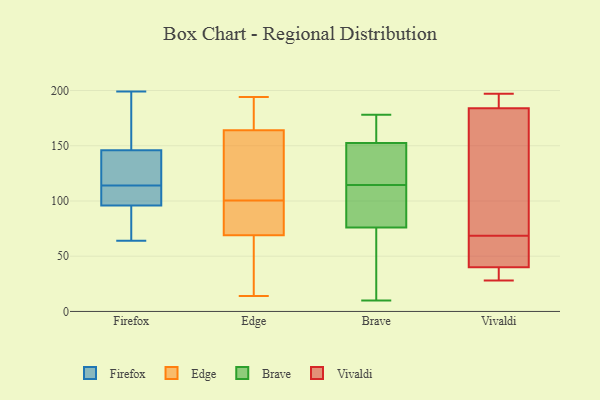
{"axis": {"x": "Population (Million)", "y": "Value"}, "legend": ["Brave", "Edge", "Firefox", "Vivaldi"], "data": [{"x": "", "y": 113, "type": "Firefox"}, {"x": "", "y": 146, "type": "Firefox"}, {"x": "", "y": 196, "type": "Firefox"}, {"x": "", "y": 128, "type": "Firefox"}, {"x": "", "y": 114, "type": "Firefox"}, {"x": "", "y": 131, "type": "Firefox"}, {"x": "", "y": 199, "type": "Firefox"}, {"x": "", "y": 64, "type": "Firefox"}, {"x": "", "y": 96, "type": "Firefox"}, {"x": "", "y": 80, "type": "Firefox"}, {"x": "", "y": 114, "type": "Firefox"}, {"x": "", "y": 111, "type": "Firefox"}, {"x": "", "y": 83, "type": "Firefox"}, {"x": "", "y": 147, "type": "Firefox"}, {"x": "", "y": 76, "type": "Firefox"}, {"x": "", "y": 149, "type": "Firefox"}, {"x": "", "y": 113, "type": "Firefox"}, {"x": "", "y": 131, "type": "Firefox"}, {"x": "", "y": 74, "type": "Edge"}, {"x": "", "y": 179, "type": "Edge"}, {"x": "", "y": 98, "type": "Edge"}, {"x": "", "y": 18, "type": "Edge"}, {"x": "", "y": 142, "type": "Edge"}, {"x": "", "y": 194, "type": "Edge"}, {"x": "", "y": 178, "type": "Edge"}, {"x": "", "y": 156, "type": "Edge"}, {"x": "", "y": 71, "type": "Edge"}, {"x": "", "y": 194, "type": "Edge"}, {"x": "", "y": 69, "type": "Edge"}, {"x": "", "y": 164, "type": "Edge"}, {"x": "", "y": 46, "type": "Edge"}, {"x": "", "y": 94, "type": "Edge"}, {"x": "", "y": 48, "type": "Edge"}, {"x": "", "y": 14, "type": "Edge"}, {"x": "", "y": 103, "type": "Edge"}, {"x": "", "y": 146, "type": "Edge"}, {"x": "", "y": 51, "type": "Brave"}, {"x": "", "y": 140, "type": "Brave"}, {"x": "", "y": 155, "type": "Brave"}, {"x": "", "y": 103, "type": "Brave"}, {"x": "", "y": 98, "type": "Brave"}, {"x": "", "y": 76, "type": "Brave"}, {"x": "", "y": 150, "type": "Brave"}, {"x": "", "y": 178, "type": "Brave"}, {"x": "", "y": 126, "type": "Brave"}, {"x": "", "y": 79, "type": "Brave"}, {"x": "", "y": 129, "type": "Brave"}, {"x": "", "y": 10, "type": "Brave"}, {"x": "", "y": 76, "type": "Brave"}, {"x": "", "y": 16, "type": "Brave"}, {"x": "", "y": 175, "type": "Brave"}, {"x": "", "y": 176, "type": "Brave"}, {"x": "", "y": 50, "type": "Vivaldi"}, {"x": "", "y": 74, "type": "Vivaldi"}, {"x": "", "y": 37, "type": "Vivaldi"}, {"x": "", "y": 180, "type": "Vivaldi"}, {"x": "", "y": 28, "type": "Vivaldi"}, {"x": "", "y": 30, "type": "Vivaldi"}, {"x": "", "y": 43, "type": "Vivaldi"}, {"x": "", "y": 63, "type": "Vivaldi"}, {"x": "", "y": 197, "type": "Vivaldi"}, {"x": "", "y": 191, "type": "Vivaldi"}, {"x": "", "y": 188, "type": "Vivaldi"}, {"x": "", "y": 120, "type": "Vivaldi"}]}